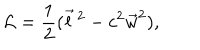
{ \cal L } = { \frac { 1 } { 2 } } ( { \vec { l } } \, ^ { 2 } - c ^ { 2 } { \vec { w } } ^ { 2 } ) ,